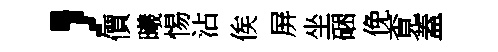
，價曦惕沾俟屏坐硱俛覔蓋